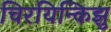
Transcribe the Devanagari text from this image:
चिरयिन्किझु